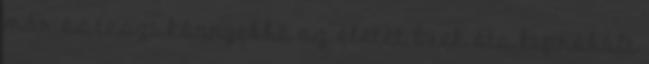
már és teszi könnyebbé az életét Évek óta kipróbált